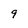
Character: 9